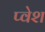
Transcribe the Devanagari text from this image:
प्वेश